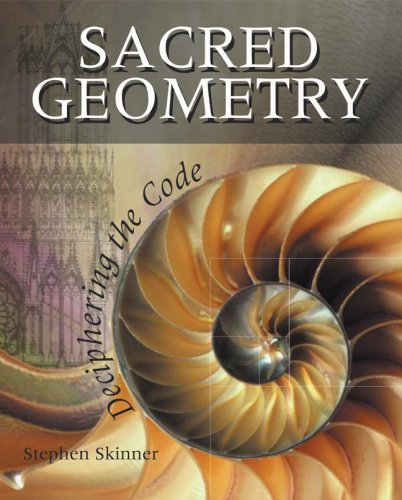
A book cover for Sacred Geometry: Deciphering the Code; Stephen Skinner; Science & Math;